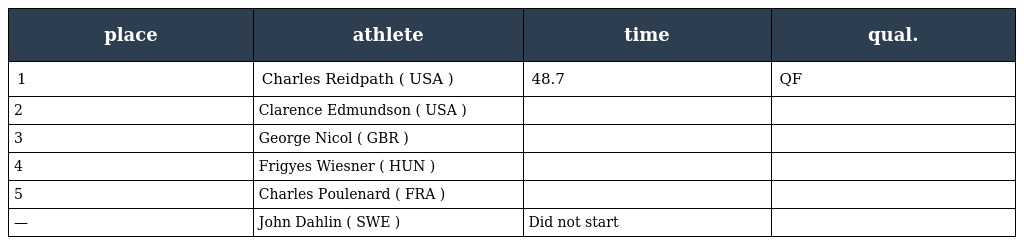
| place | athlete | time | qual. |
 | --- | --- | --- | --- |
 | 1 | Charles Reidpath ( USA ) | 48.7 | QF |
 | 2 | Clarence Edmundson ( USA ) |  |  |
 | 3 | George Nicol ( GBR ) |  |  |
 | 4 | Frigyes Wiesner ( HUN ) |  |  |
 | 5 | Charles Poulenard ( FRA ) |  |  |
 | — | John Dahlin ( SWE ) | Did not start |  |